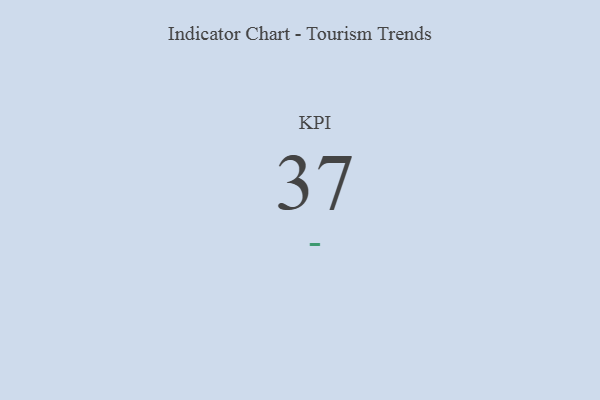
{"axis": {"x": "KPI", "y": "Value"}, "legend": [""], "data": [{"x": "KPI", "y": 37, "type": ""}]}